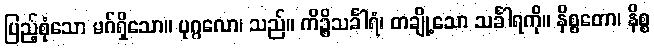
ပြည့်စုံသော မဂ်ရှိသော။ ပုဂ္ဂလော၊ သည်။ ကိဉ္စိသင်္ခါရံ၊ တချို့သော သင်္ခါရကို။ နိစ္စတော၊ နိစ္စ